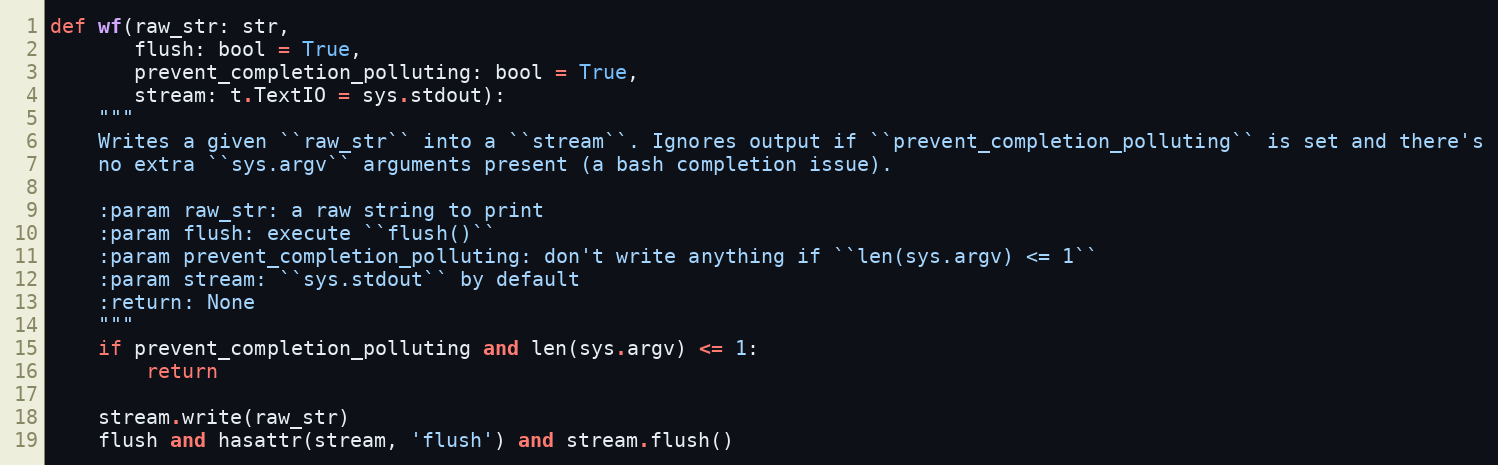
Language: Python
def wf(raw_str: str,
       flush: bool = True,
       prevent_completion_polluting: bool = True,
       stream: t.TextIO = sys.stdout):
    """
    Writes a given ``raw_str`` into a ``stream``. Ignores output if ``prevent_completion_polluting`` is set and there's
    no extra ``sys.argv`` arguments present (a bash completion issue).

    :param raw_str: a raw string to print
    :param flush: execute ``flush()``
    :param prevent_completion_polluting: don't write anything if ``len(sys.argv) <= 1``
    :param stream: ``sys.stdout`` by default
    :return: None
    """
    if prevent_completion_polluting and len(sys.argv) <= 1:
        return

    stream.write(raw_str)
    flush and hasattr(stream, 'flush') and stream.flush()